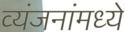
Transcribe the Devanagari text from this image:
व्यंजनांमध्ये